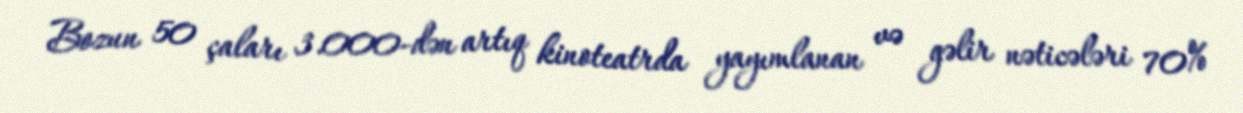
Bozun 50 çaları 3.000-dən artıq kinoteatrda yayımlanan və gəlir nəticələri 70%